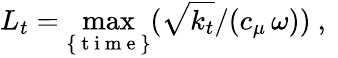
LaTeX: L_{t}=\operatorname*{max}_{\{ \mathrm{~t~i~m~e~}\} }(\sqrt{k_{t}}/(c_{\mu}\, \omega))\mathrm{~,~}